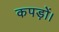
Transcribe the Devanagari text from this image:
कपड़ों।